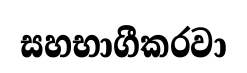
සහභාගීකරවා